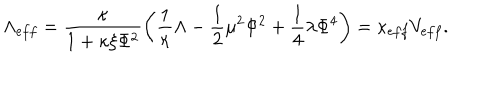
\Lambda _ { e f f } = \frac { \kappa } { 1 + \kappa \xi \Phi ^ { 2 } } \left( \frac { 1 } { \kappa } \Lambda - \frac { 1 } { 2 } \mu ^ { 2 } \Phi ^ { 2 } + \frac { 1 } { 4 } \lambda \Phi ^ { 4 } \right) = \kappa _ { e f f } V _ { e f f } .